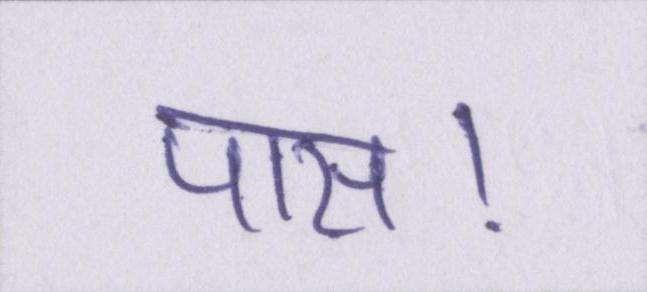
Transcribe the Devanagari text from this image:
पास।